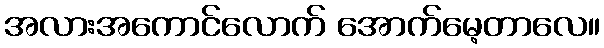
အလားအကောင်လောက် အောက်မေ့တာလေ။